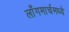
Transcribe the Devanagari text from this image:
लाँगमार्चमध्ये